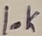
Text: 10K